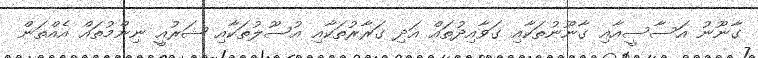
ގާނޫނު އަސާސީއާއި ގާނޫނުތަކާއި ގަވާއިދުތައް އަދި ގަރާރުތަކާއި އުސޫލުތަކާއި ޝަރުއީ ނިންމުތައް އެއްތަން